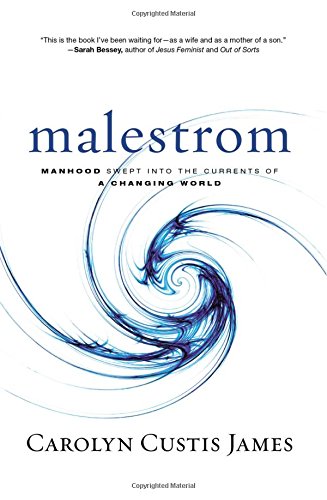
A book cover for Malestrom: Manhood Swept into the Currents of a Changing World; Carolyn Custis James; Christian Books & Bibles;